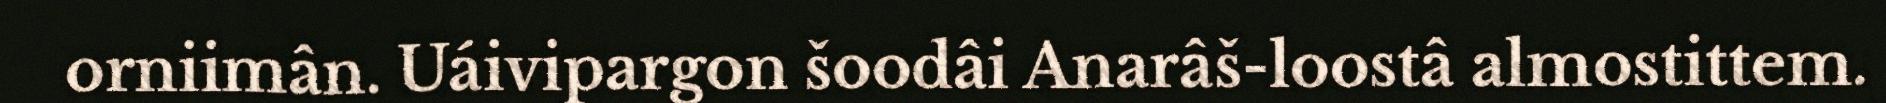
orniimân. Uáivipargon šoodâi Anarâš-loostâ almostittem.